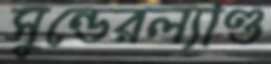
সুন্ডেরল্যাণ্ড